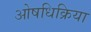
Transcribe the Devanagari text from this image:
ओषधिक्रिया